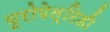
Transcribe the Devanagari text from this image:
यूरोपेल्टिडी